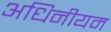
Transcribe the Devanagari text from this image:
अधिनीयम